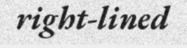
right-lined